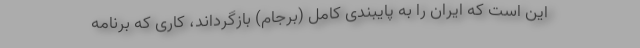
این است که ایران را به پایبندی کامل (برجام) بازگرداند، کاری که برنامه